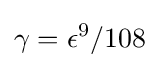
\gamma =\epsilon ^{9}/108